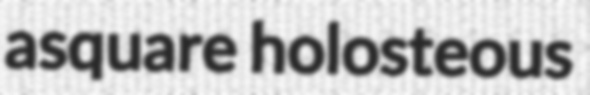
asquare holosteous